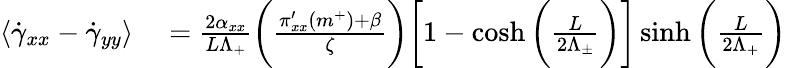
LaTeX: \begin{array}{rl}{\langle\dot{\gamma}_{xx}-\dot{\gamma}_{yy}\rangle}&{{}=\frac{2\alpha_{xx}}{L\Lambda_{+}}\bigg(\frac{\pi_{xx}^{\prime}(m^{+})+\beta}{\zeta}\bigg)\bigg[1-\cosh\bigg(\frac{L}{2\Lambda_{\pm}}\bigg)\bigg]\sinh\bigg(\frac{L}{2\Lambda_{+}}\bigg)}\end{array}